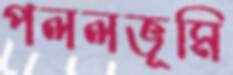
পললভূমি